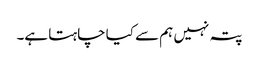
پتہ نہیں ہم سے کیا چاہتا ہے۔